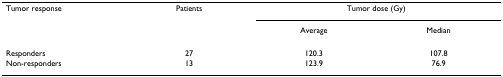
| Tumor response | Patients | <COLSPAN=2> Tumor dose (Gy) |
 |  |  | Average | Median |
 | --- | --- | --- | --- |
 | Responders | 27 | 120.3 | 107.8 |
 | Non-responders | 13 | 123.9 | 76.9 |